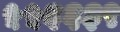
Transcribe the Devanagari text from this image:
५५६६३९